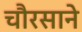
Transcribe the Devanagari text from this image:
चौरसाने